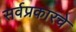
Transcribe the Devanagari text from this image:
सर्वप्रकारचे